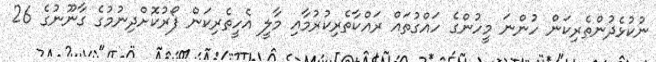
ނުކުޅެދުންތެރިކަން ހުންނަ މީހުންގެ ހައްގުތައް ރައްކާތެރިކުރުމާއި މާލީ އެހީތެރިކަން ފޯރުކޮށްދިނުމުގެ ގާނޫނުގެ 26